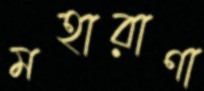
মহারাণা